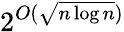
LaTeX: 2^{O({\sqrt{n\log n}})}